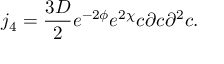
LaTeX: j _ { 4 } = \frac { 3 D } { 2 } e ^ { - 2 \phi } e ^ { 2 \chi } c \partial c { \partial } ^ { 2 } c .